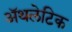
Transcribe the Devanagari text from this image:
अॅथलेटिक